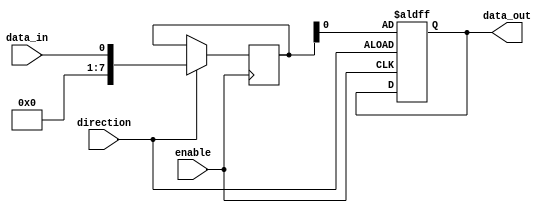
module IOBlocksCompensatedBuffer (
    input wire data_in,
    output wire data_out,
    input wire enable,
    input wire direction
);

// Compensation logic for signal integrity
reg [7:0] compensated_data;
always @(posedge enable or negedge direction)
begin
    if(direction == 0) // Output data
        data_out <= compensated_data;
    else // Input data
        compensated_data <= data_in;
end

endmodule